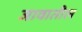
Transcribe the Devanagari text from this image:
जावातील